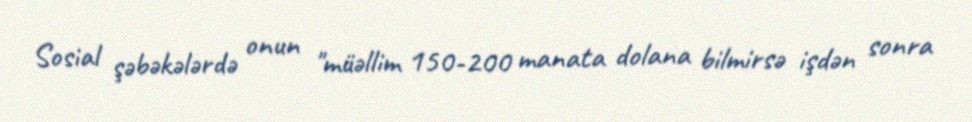
Sosial şəbəkələrdə onun "müəllim 150-200 manata dolana bilmirsə işdən sonra